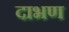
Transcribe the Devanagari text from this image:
दाभण